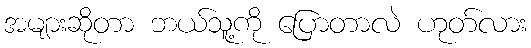
အများဆိုတာ ဘယ်သူ့ကို ပြောတာလဲ ဟုတ်လား